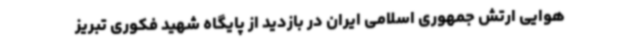
هوایی ارتش جمهوری اسلامی ایران در بازدید از پایگاه شهید فکوری تبریز